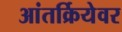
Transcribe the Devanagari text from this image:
आंतर्क्रियेवर